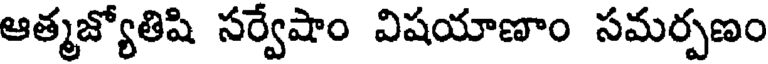
ఆత్మజ్యోతిషి సర్వేషాం విషయాణాం సమర్పణం